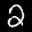
Label: 2